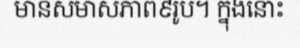
មានសមាសភាព៩រូប។ ក្នុងនោះ